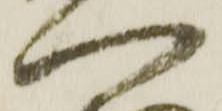
門